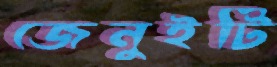
জেনুইটি